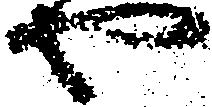
や